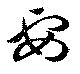
要